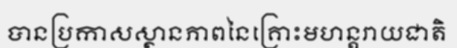
បានប្រកាសស្ថានភាពនៃគ្រោះមហន្តរាយជាតិ